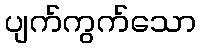
ပျက်ကွက်သော